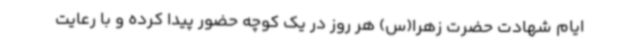
ایام شهادت حضرت زهرا(س) هر روز در یک کوچه حضور پیدا کرده و با رعایت